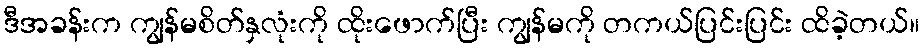
ဒီအခန်းက ကျွန်မစိတ်နှလုံးကို ထိုးဖောက်ပြီး ကျွန်မကို တကယ်ပြင်းပြင်း ထိခဲ့တယ်။